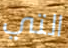
التي